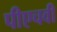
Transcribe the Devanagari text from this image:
पीएचवी